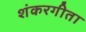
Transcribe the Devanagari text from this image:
शंकरगीता